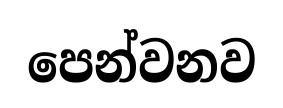
පෙන්වනව